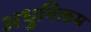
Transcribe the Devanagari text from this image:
अधुनिक्तम